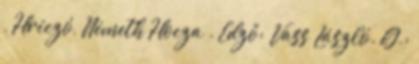
, Hriczó, Németh Hocza . Edző: Vass László. G.: